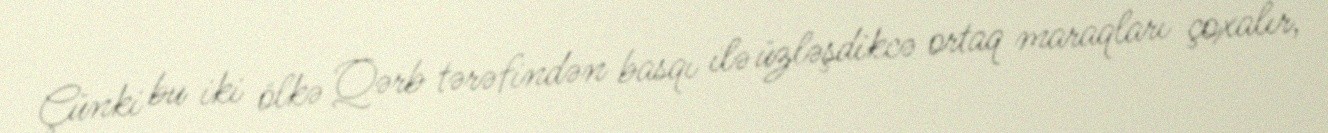
Çünki bu iki ölkə Qərb tərəfindən basqı ilə üzləşdikcə ortaq maraqları çoxalır,